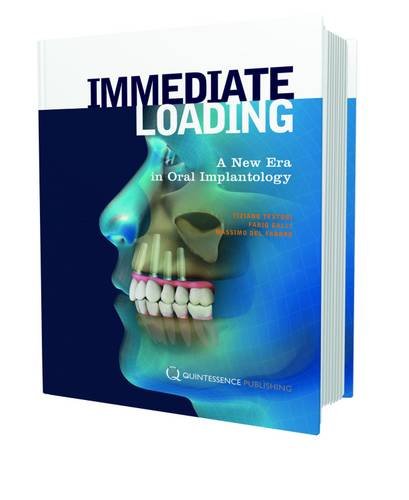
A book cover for Immediate Loading: A New Era in Oral Implantology; Tiziano Testori; Medical Books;